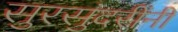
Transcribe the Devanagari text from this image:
सुरसुंदरींनी